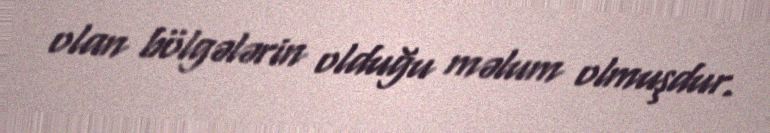
olan bölgələrin olduğu məlum olmuşdur.